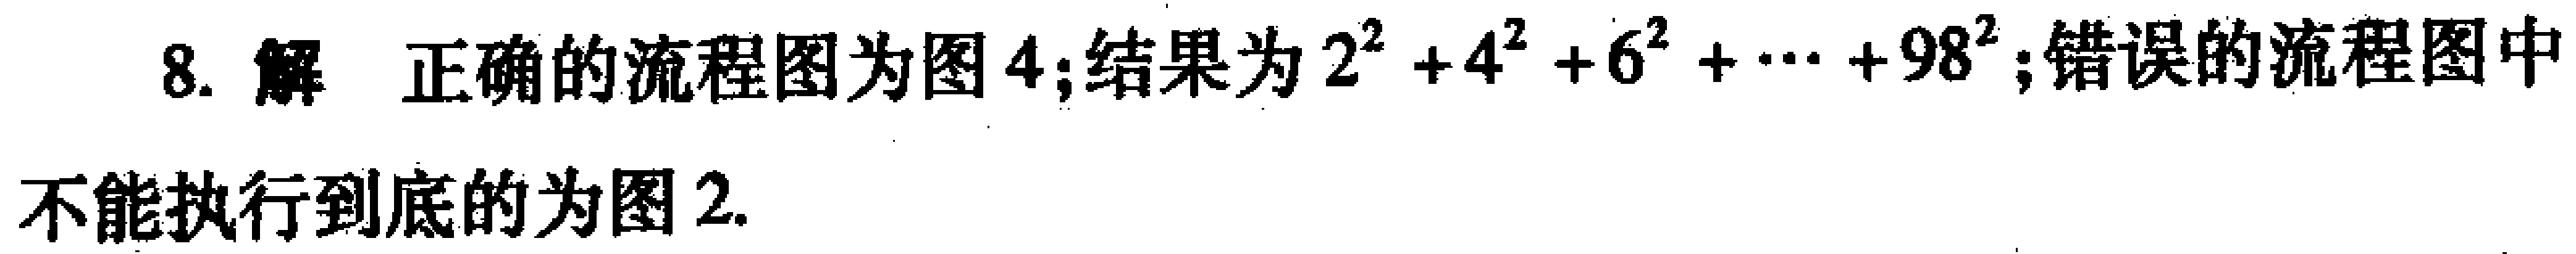
8. 解 正确的流程图为图 4;结果为 \(2^{2}+4^{2}+6^{2}+\cdots +98^{2}\);错误的流程图中
不能执行到底的为图 2.